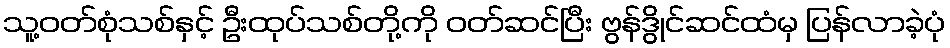
သူ့ဝတ်စုံသစ်နှင့် ဦးထုပ်သစ်တို့ကို ဝတ်ဆင်ပြီး ဗွန်ဒွိုင်ဆင်ထံမှ ပြန်လာခဲ့ပုံ